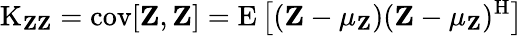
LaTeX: \operatorname{K}_{\mathbf{Z}\mathbf{Z}}=\operatorname{cov}[\mathbf{Z},\mathbf{Z}]=\operatorname{E}\left[(\mathbf{Z}-\mathbf{\mu_{Z}})(\mathbf{Z}-\mathbf{\mu_{Z}})^{\mathrm{H}}\right]